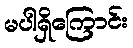
မပါရှိကြောင်း